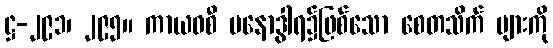
ဋ္ဌ-၂၉၁၊ ၂၉၅။ ကာယဝစီ မနောဒွါရ၌ဖြစ်သော စေတသိက် များကို